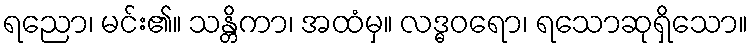
ရညော၊ မင်း၏။ သန္တိကာ၊ အထံမှ။ လဒ္ဓဝရော၊ ရသောဆုရှိသော။